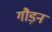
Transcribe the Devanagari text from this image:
गौड़न